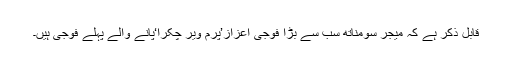
قابل ذکر ہے کہ میجر سومناتھ سب سے بڑا فوجی اعزاز’پرم ویر چکرا‘پانے والے پہلے فوجی ہیں۔